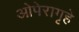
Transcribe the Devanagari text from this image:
ओपेरागृहे